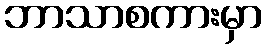
ဘာသာစကားမှာ